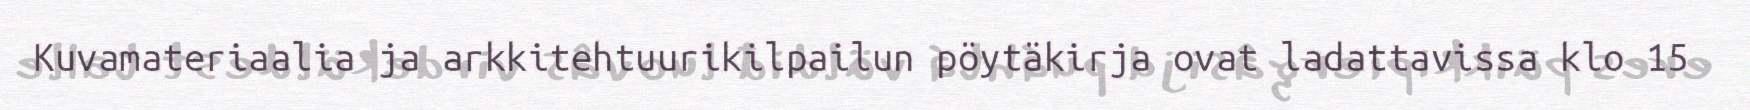
Kuvamateriaalia ja arkkitehtuurikilpailun pöytäkirja ovat ladattavissa klo 15